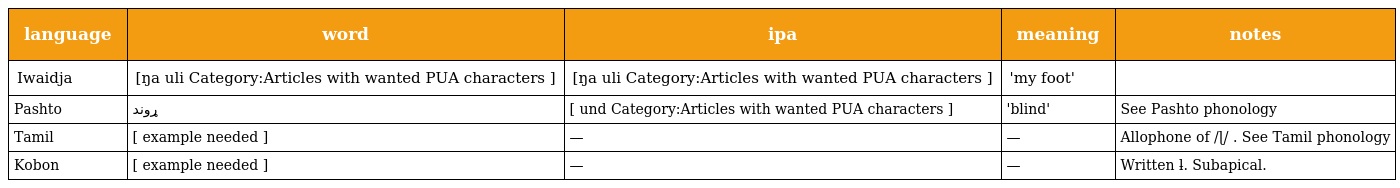
| language | word | ipa | meaning | notes |
 | --- | --- | --- | --- | --- |
 | Iwaidja | [ŋa uli Category:Articles with wanted PUA characters ] | [ŋa uli Category:Articles with wanted PUA characters ] | 'my foot' |  |
 | Pashto | ړوند ‎ | [ und Category:Articles with wanted PUA characters ] | 'blind' | See Pashto phonology |
 | Tamil | [ example needed ] | — | — | Allophone of /ɭ/ . See Tamil phonology |
 | Kobon | [ example needed ] | — | — | Written ƚ. Subapical. |